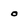
Character: o